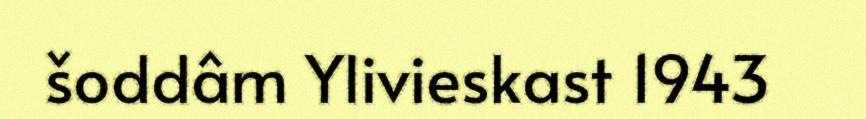
šoddâm Ylivieskast 1943